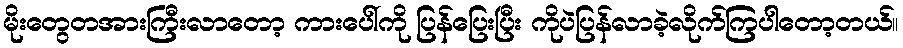
မိုးတွေတအားကြီးလာတော့ ကားပေါ်ကို ပြန်ပြေးပြီး ကိုပဲပြန်လာခဲ့လိုက်ကြပါတော့တယ်။